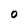
Character: O